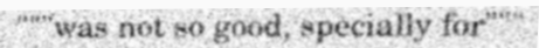
"""was not so good, specially for"""